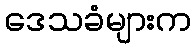
ဒေသခံများက